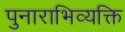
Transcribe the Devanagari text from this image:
पुनाराभिव्यक्ति